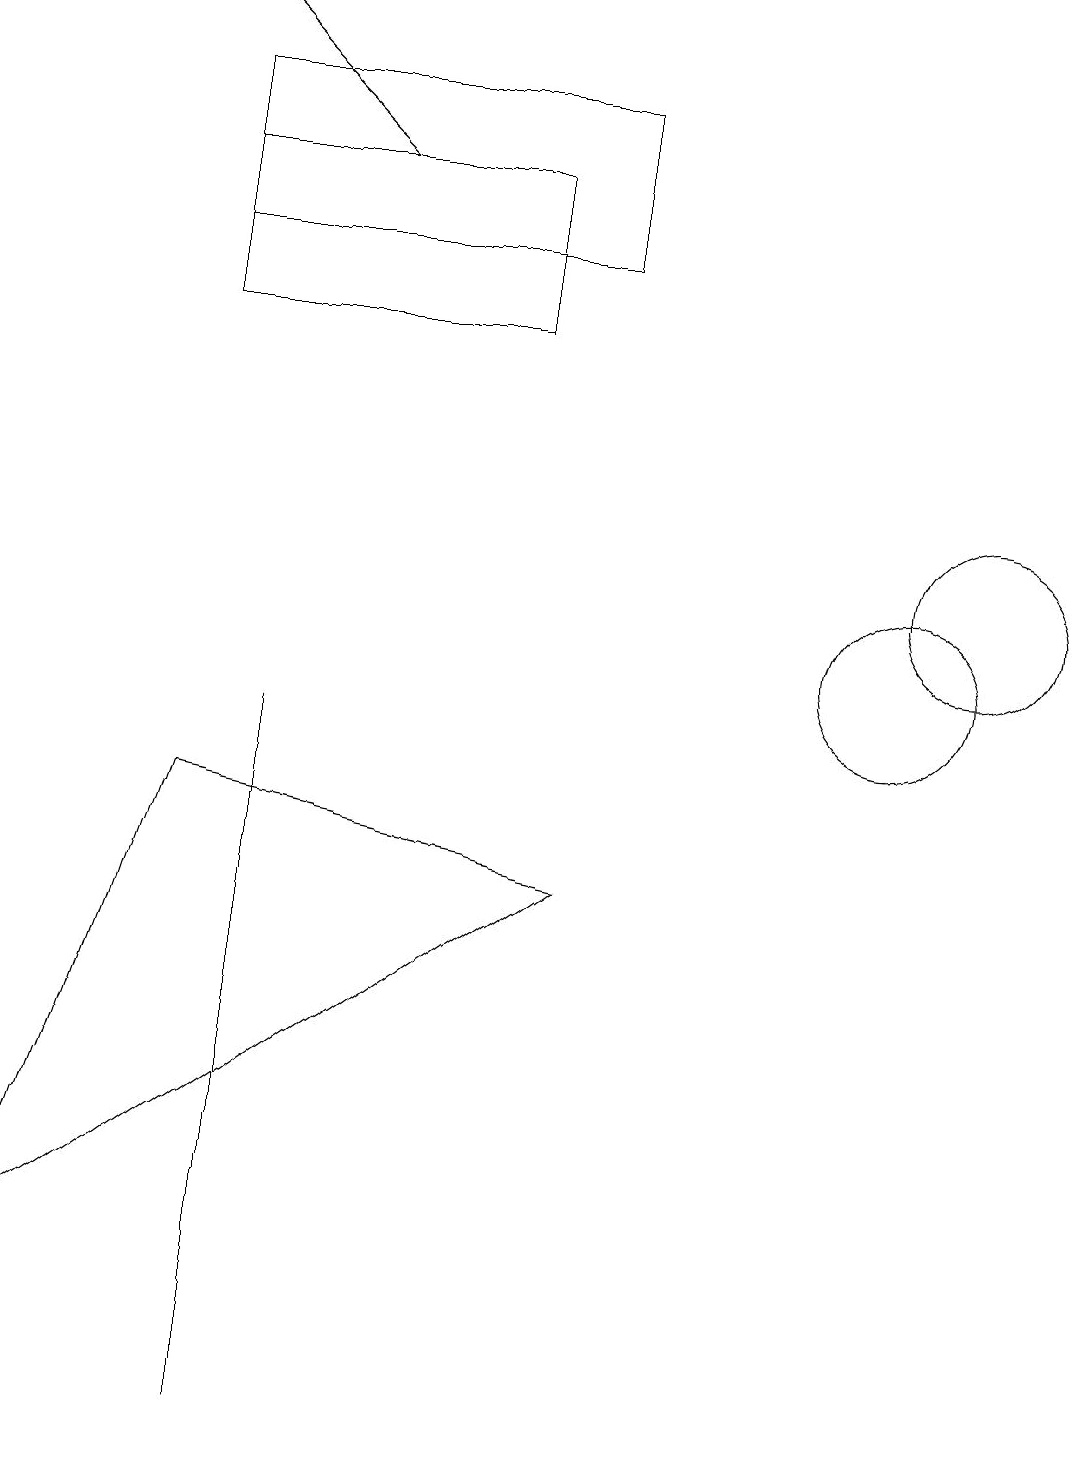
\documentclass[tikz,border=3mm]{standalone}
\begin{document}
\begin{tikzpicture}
\draw (2,15) rectangle (7,17);
\draw (11,10) circle (1);
\draw (7,7) -- (0,2) -- (2,8) -- cycle;
\draw (3,7) -- (3,0) -- (3,9) -- cycle;
\draw[->] (4,16) -- (2,18);
\draw (6,14) rectangle (2,16);
\draw (12,11) circle (1);
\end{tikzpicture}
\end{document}